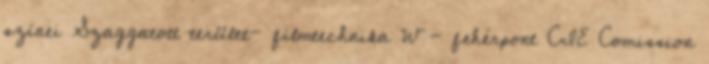
színei Szaggatott terület- filmtechnika W - fehérpont CIE Comission